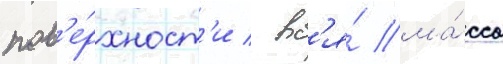
пов'е́рхност'и / вс'я́ ма́сса